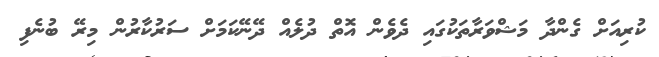
ކުރިއަށް ގެންދާ މަޝްވަރާތަކުގައި ދެވެން އޮތް ދުލެއް ދޭނޭކަމަށް ސަރުކާރުން މިރޭ ބުނެފި